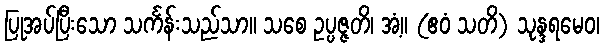
ပြုအပ်ပြီးသော သင်္ကန်းသည်သာ။ သစေ ဥပ္ပဇ္ဇတိ၊ အံ့။ (ဧဝံ သတိ) သုန္ဒရမေဝ၊